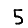
Digit: 5